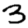
Digit: 3